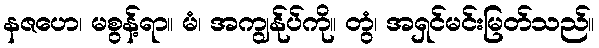
နဇဟေ၊ မစွန့်ရာ။ မံ၊ အကျွန်ုပ်ကို။ တွံ၊ အရှင်မင်းမြတ်သည်။